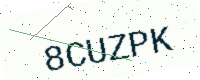
Text: 8CUZPK